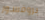
بروفسور